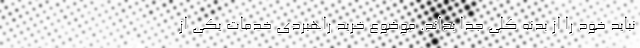
نباید خود را از بدنه کلی جدا بداند. موضوع خرید راهبردی خدمات یکی از